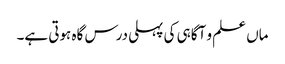
ماں علم و آگاہی کی پہلی درس گاہ ہوتی ہے۔